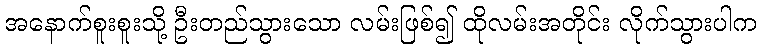
အနောက်စူးစူးသို့ ဦးတည်သွားသော လမ်းဖြစ်၍ ထိုလမ်းအတိုင်း လိုက်သွားပါက